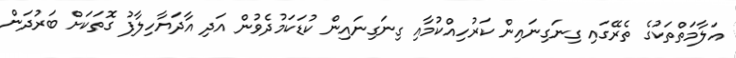
އަލާމަތްތަކުގެ ތެރޭގައި ގިނަގިނައިން ކަރުހިއްކުމާއި ގިނަގިނައިން ކުޑަކަމުދެވުން އަދި އާދަޔާހިލާފު ގޮތަކަށް ބަރުދަން